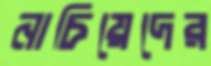
নাচিয়েদের